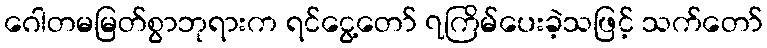
ဂေါတမမြတ်စွာဘုရားက ရင်ငွေ့တော် ၇ကြိမ်ပေးခဲ့သဖြင့် သက်တော်